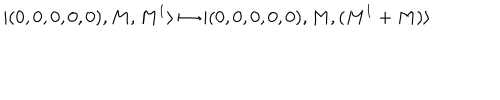
| ( 0 , 0 , 0 , 0 , 0 ) , M , M ^ { 1 } \rangle \mapsto | ( 0 , 0 , 0 , 0 , 0 ) , M , ( M ^ { 1 } + M ) \rangle